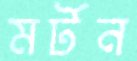
মর্টন